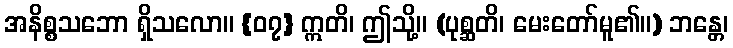
အနိစ္စသဘော ရှိသလော။ {၀၇} ဣတိ၊ ဤသို့။ (ပုစ္ဆတိ၊ မေးတော်မူ၏။) ဘန္တေ၊